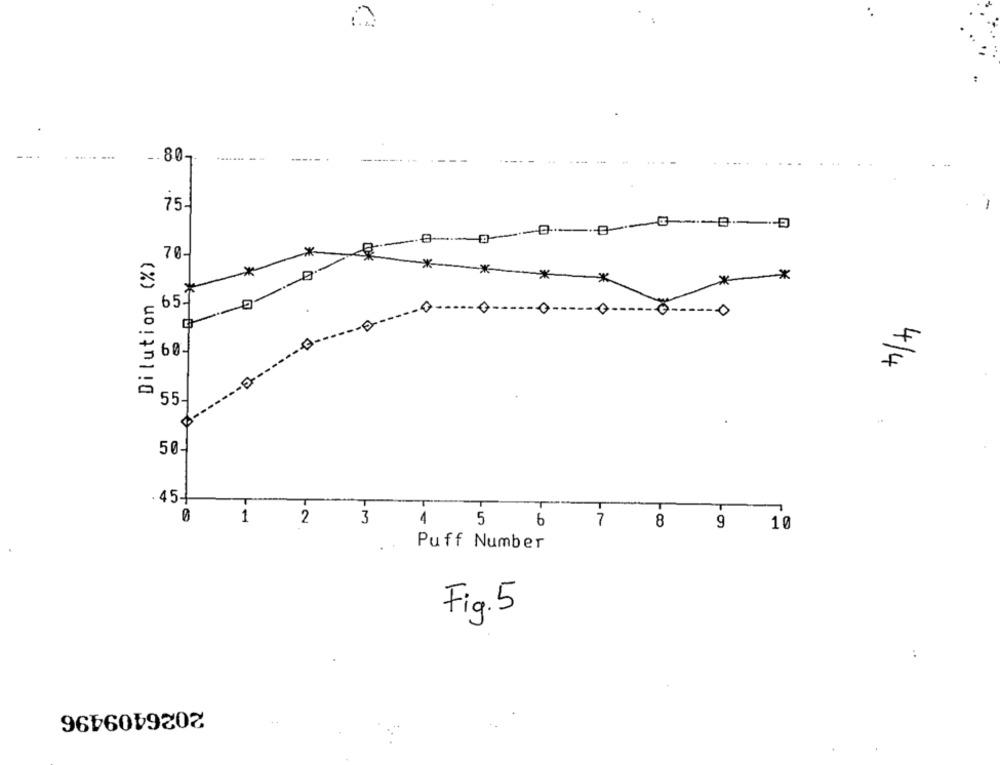
-. 80 --
75-
Dilution (%)
70-
*
*--**
**
0 ------
60
₹
---
55
50-
45+
6.
1
2
3
4
7
5
6
8 9
10
Puff Number
Fig. 5
2026409496